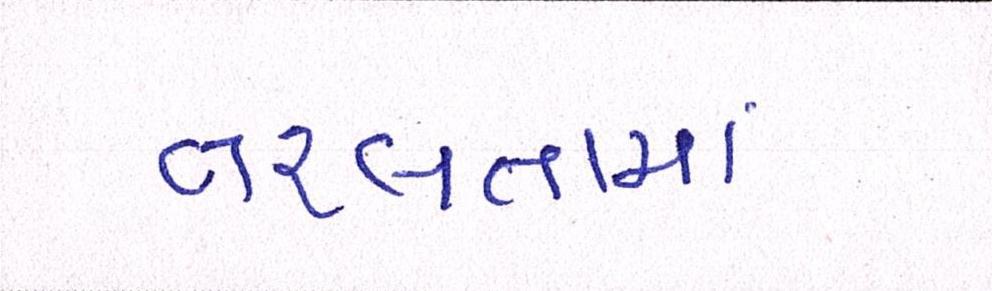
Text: તરલતામાં